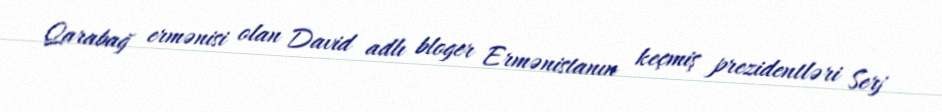
Qarabağ ermənisi olan David adlı bloger Ermənistanın keçmiş prezidentləri Serj